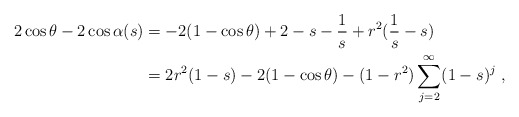
\begin{align*} 2\cos\theta -2\cos\alpha(s)&=-2(1-\cos\theta)+2-s-\frac 1s+r^2(\frac 1s-s)\\ &=2r^2(1-s) -2(1-\cos\theta)-(1-r^2)\sum_{j=2}^\infty (1-s)^j\ ,\end{align*}